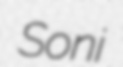
Soni